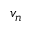
v _ { n }